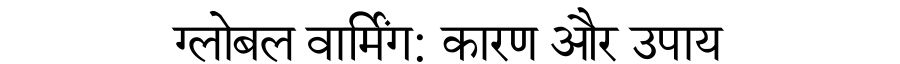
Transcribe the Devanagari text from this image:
ग्लोबल वार्मिंग: कारण और उपाय